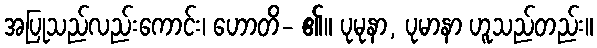
အပြုသည်လည်းကောင်း၊ ဟောတိ- ၏။ ပုမုနာ, ပုမာနာ ဟူသည်တည်း။